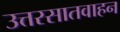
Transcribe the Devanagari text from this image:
उत्तरसातवाहन